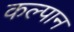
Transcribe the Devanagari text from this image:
कल्पान